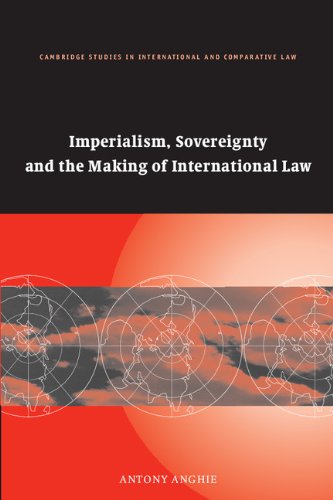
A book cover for Imperialism, Sovereignty and the Making of International Law (Cambridge Studies in International and Comparative Law); Antony Anghie; Law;